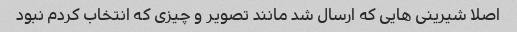
اصلا شیرینی هایی که ارسال شد مانند تصویر و چیزی که انتخاب کردم نبود